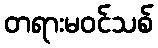
တရားမဝင်သစ်